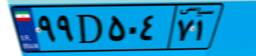
۴۵D۴۰۹۴۰